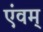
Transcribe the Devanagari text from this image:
एंवम्